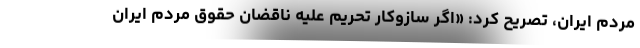
مردم ایران، تصریح کرد: «اگر سازوکار تحریم علیه ناقضان حقوق مردم ایران